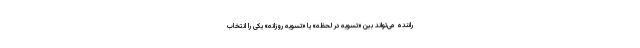
راننده می‌تواند بین «تسویه در لحظه» یا «تسویه روزانه» یکی را انتخاب